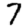
Digit: 7